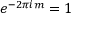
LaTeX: e ^ { - 2 \pi i m } = 1